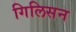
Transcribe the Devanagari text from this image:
गिलिसन